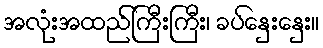
အလုံးအထည်ကြီးကြီး၊ ခပ်နှေးနှေး။